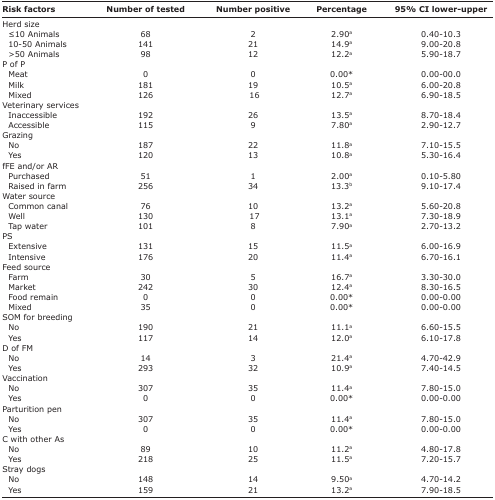
<table><thead><tr><td><b>Risk factors</b></td><td><b>Number of tested</b></td><td><b>Number positive</b></td><td><b>Percentage</b></td><td><b>95% CI lower-upper</b></td></tr></thead><tbody><tr><td>Herd size</td><td></td><td></td><td></td><td></td></tr><tr><td>≤10 Animals</td><td>68</td><td>2</td><td>2.90<sup>a</sup></td><td>0.40-10.3</td></tr><tr><td>1050 Animals</td><td>141</td><td>21</td><td>14.9<sup>a</sup></td><td>9.00-20.8</td></tr><tr><td>&gt;50 Animals</td><td>98</td><td>12</td><td>12.2<sup>a</sup></td><td>5.90-18.7</td></tr><tr><td>P of P</td><td></td><td></td><td></td><td></td></tr><tr><td>Meat</td><td>0</td><td>0</td><td>0.00*</td><td>0.00-00.0</td></tr><tr><td>Milk</td><td>181</td><td>19</td><td>10.5<sup>a</sup></td><td>6.00-20.8</td></tr><tr><td>Mixed</td><td>126</td><td>16</td><td>12.7<sup>a</sup></td><td>6.90-18.5</td></tr><tr><td>Veterinary services</td><td></td><td></td><td></td><td></td></tr><tr><td>Inaccessible</td><td>192</td><td>26</td><td>13.5<sup>a</sup></td><td>8.70-18.4</td></tr><tr><td>Accessible</td><td>115</td><td>9</td><td>7.80<sup>a</sup></td><td>2.90-12.7</td></tr><tr><td>Grazing</td><td></td><td></td><td></td><td></td></tr><tr><td>No</td><td>187</td><td>22</td><td>11.8<sup>a</sup></td><td>7.10-15.5</td></tr><tr><td>Yes</td><td>120</td><td>13</td><td>10.8<sup>a</sup></td><td>5.30-16.4</td></tr><tr><td>fFE and/or AR</td><td></td><td></td><td></td><td></td></tr><tr><td>Purchased</td><td>51</td><td>1</td><td>2.00<sup>a</sup></td><td>0.10-5.80</td></tr><tr><td>Raised in farm</td><td>256</td><td>34</td><td>13.3<sup>b</sup></td><td>9.10-17.4</td></tr><tr><td>Water source</td><td></td><td></td><td></td><td></td></tr><tr><td>Common canal</td><td>76</td><td>10</td><td>13.2<sup>a</sup></td><td>5.60-20.8</td></tr><tr><td>Well</td><td>130</td><td>17</td><td>13.1<sup>a</sup></td><td>7.30-18.9</td></tr><tr><td>Tap water</td><td>101</td><td>8</td><td>7.90<sup>a</sup></td><td>2.70-13.2</td></tr><tr><td>PS</td><td></td><td></td><td></td><td></td></tr><tr><td>Extensive</td><td>131</td><td>15</td><td>11.5<sup>a</sup></td><td>6.00-16.9</td></tr><tr><td>Intensive</td><td>176</td><td>20</td><td>11.4<sup>a</sup></td><td>6.70-16.1</td></tr><tr><td>Feed source</td><td></td><td></td><td></td><td></td></tr><tr><td>Farm</td><td>30</td><td>5</td><td>16.7<sup>a</sup></td><td>3.30-30.0</td></tr><tr><td>Market</td><td>242</td><td>30</td><td>12.4<sup>a</sup></td><td>8.30-16.5</td></tr><tr><td>Food remain</td><td>0</td><td>0</td><td>0.00*</td><td>0.00-0.00</td></tr><tr><td>Mixed</td><td>35</td><td>0</td><td>0.00*</td><td>0.00-0.00</td></tr><tr><td>SOM for breeding</td><td></td><td></td><td></td><td></td></tr><tr><td>No</td><td>190</td><td>21</td><td>11.1<sup>a</sup></td><td>6.60-15.5</td></tr><tr><td>Yes</td><td>117</td><td>14</td><td>12.0<sup>a</sup></td><td>6.10-17.8</td></tr><tr><td>D of FM</td><td></td><td></td><td></td><td></td></tr><tr><td>No</td><td>14</td><td>3</td><td>21.4<sup>a</sup></td><td>4.70-42.9</td></tr><tr><td>Yes</td><td>293</td><td>32</td><td>10.9<sup>a</sup></td><td>7.40-14.5</td></tr><tr><td>Vaccination</td><td></td><td></td><td></td><td></td></tr><tr><td>No</td><td>307</td><td>35</td><td>11.4<sup>a</sup></td><td>7.80-15.0</td></tr><tr><td>Yes</td><td>0</td><td>0</td><td>0.00*</td><td>0.00-0.00</td></tr><tr><td>Parturition pen</td><td></td><td></td><td></td><td></td></tr><tr><td>No</td><td>307</td><td>35</td><td>11.4<sup>a</sup></td><td>7.80-15.0</td></tr><tr><td>Yes</td><td>0</td><td>0</td><td>0.00*</td><td>0.00-0.00</td></tr><tr><td>C with other As</td><td></td><td></td><td></td><td></td></tr><tr><td>No</td><td>89</td><td>10</td><td>11.2<sup>a</sup></td><td>4.80-17.8</td></tr><tr><td>Yes</td><td>218</td><td>25</td><td>11.5<sup>a</sup></td><td>7.20-15.7</td></tr><tr><td>Stray dogs</td><td></td><td></td><td></td><td></td></tr><tr><td>No</td><td>148</td><td>14</td><td>9.50<sup>a</sup></td><td>4.70-14.2</td></tr><tr><td>Yes</td><td>159</td><td>21</td><td>13.2<sup>a</sup></td><td>7.90-18.5</td></tr></tbody></table>